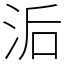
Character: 洉